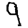
Digit: 9